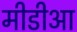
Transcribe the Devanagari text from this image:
मीडीआ